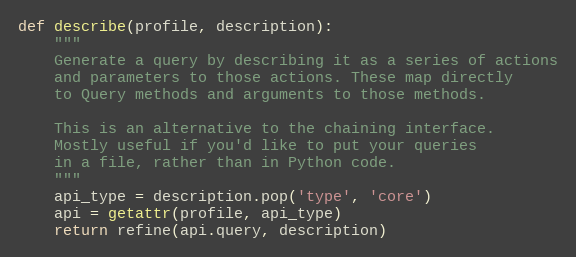
Language: Python
def describe(profile, description):
    """
    Generate a query by describing it as a series of actions
    and parameters to those actions. These map directly
    to Query methods and arguments to those methods.

    This is an alternative to the chaining interface.
    Mostly useful if you'd like to put your queries
    in a file, rather than in Python code.
    """
    api_type = description.pop('type', 'core')
    api = getattr(profile, api_type)
    return refine(api.query, description)